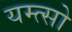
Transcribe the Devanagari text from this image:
यम्त्सो